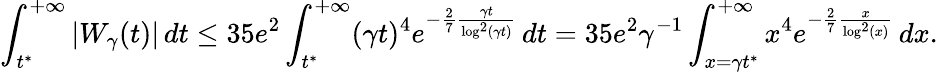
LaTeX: \int_{t^{*}}^{+\infty}|W_{\gamma}(t)|\, dt\leq 35e^{2}\int_{t^{*}}^{+\infty}(\gamma t)^{4}e^{-\frac{2}{7}\frac{\gamma t}{\log^{2}(\gamma t)}}\, dt=35e^{2}\gamma^{-1}\int_{x=\gamma t^{*}}^{+\infty}x^{4}e^{-\frac{2}{7}\frac{x}{\log^{2}(x)}}\, dx.